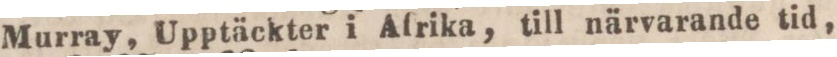
Murray, Upptäckter i Afrika, till närvarande tid,